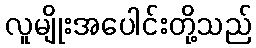
လူမျိုးအပေါင်းတို့သည်